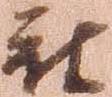
被